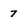
Character: 7